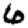
Digit: 6